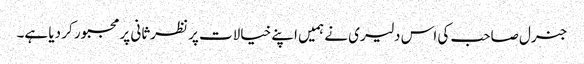
جنرل صاحب کی اس دلیری نے ہمیں اپنے خیالات پر نظرثانی پر مجبور کر دیا ہے۔